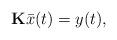
LaTeX: \begin{align*}\mathbf{K}\bar{x}(t) = y(t), \end{align*}